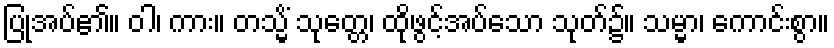
ပြုအပ်၏။ ဝါ၊ ကား။ တသ္မိံ သုတ္တေ၊ ထိုဖွင့်အပ်သော သုတ်၌။ သမ္မာ၊ ကောင်းစွာ။